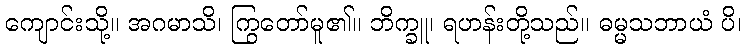
ကျောင်းသို့။ အဂမာသိ၊ ကြွတော်မူ၏။ ဘိက္ခူ၊ ရဟန်းတို့သည်။ ဓမ္မသဘာယံ ပိ၊